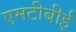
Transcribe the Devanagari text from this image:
एमटीबीई